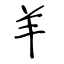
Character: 羊